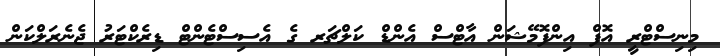
މިނިސްޓްރީ އޮފް އިންފޮމޭޝަން އާޓްސް އެންޑް ކަލްޗަރ ގެ އެސިސްޓެންޓް ޑިރެކްޓަރު ޖެނެރަލްކަން